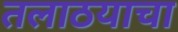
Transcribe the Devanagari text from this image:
तलाठयाचा